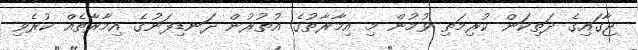
ޖާގައިގެ ދަތިކަން ކުރިމަތި ވުމުން މި އިމާރާތުގެ އުތުރުން ދަނޑިފަނުގެ އިމާރާތެއް ކުރެވި